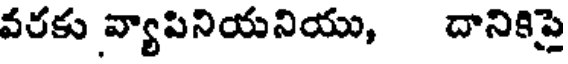
వరకు వ్యాపినియనియు, దానికిపై